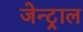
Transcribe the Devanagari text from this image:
जेन्ट्राल